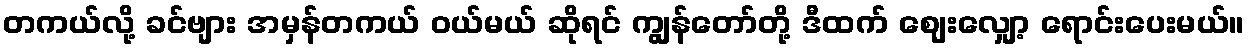
တကယ်လို့ ခင်ဗျား အမှန်တကယ် ဝယ်မယ် ဆိုရင် ကျွန်တော်တို့ ဒီထက် ဈေးလျှော့ ရောင်းပေးမယ်။